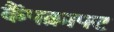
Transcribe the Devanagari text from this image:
कैंपक्राफ्ट